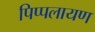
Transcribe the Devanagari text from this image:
पिप्पलायण